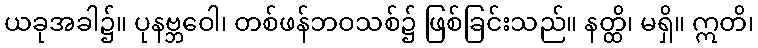
ယခုအခါ၌။ ပုနဗ္ဘဝေါ၊ တစ်ဖန်ဘဝသစ်၌ ဖြစ်ခြင်းသည်။ နတ္ထိ၊ မရှိ။ ဣတိ၊